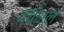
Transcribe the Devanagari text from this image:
व्योर्ले